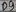
Text: D7